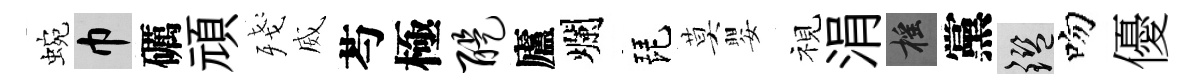
蜿巾礪頑殘威芍極醍廬爛琵莫嬰視涓摇黨鑒吻優